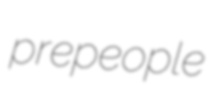
prepeople